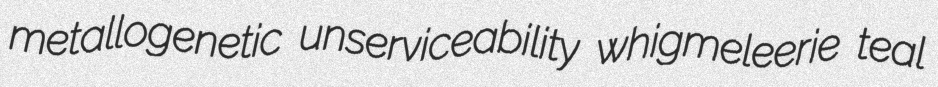
metallogenetic unserviceability whigmeleerie teal